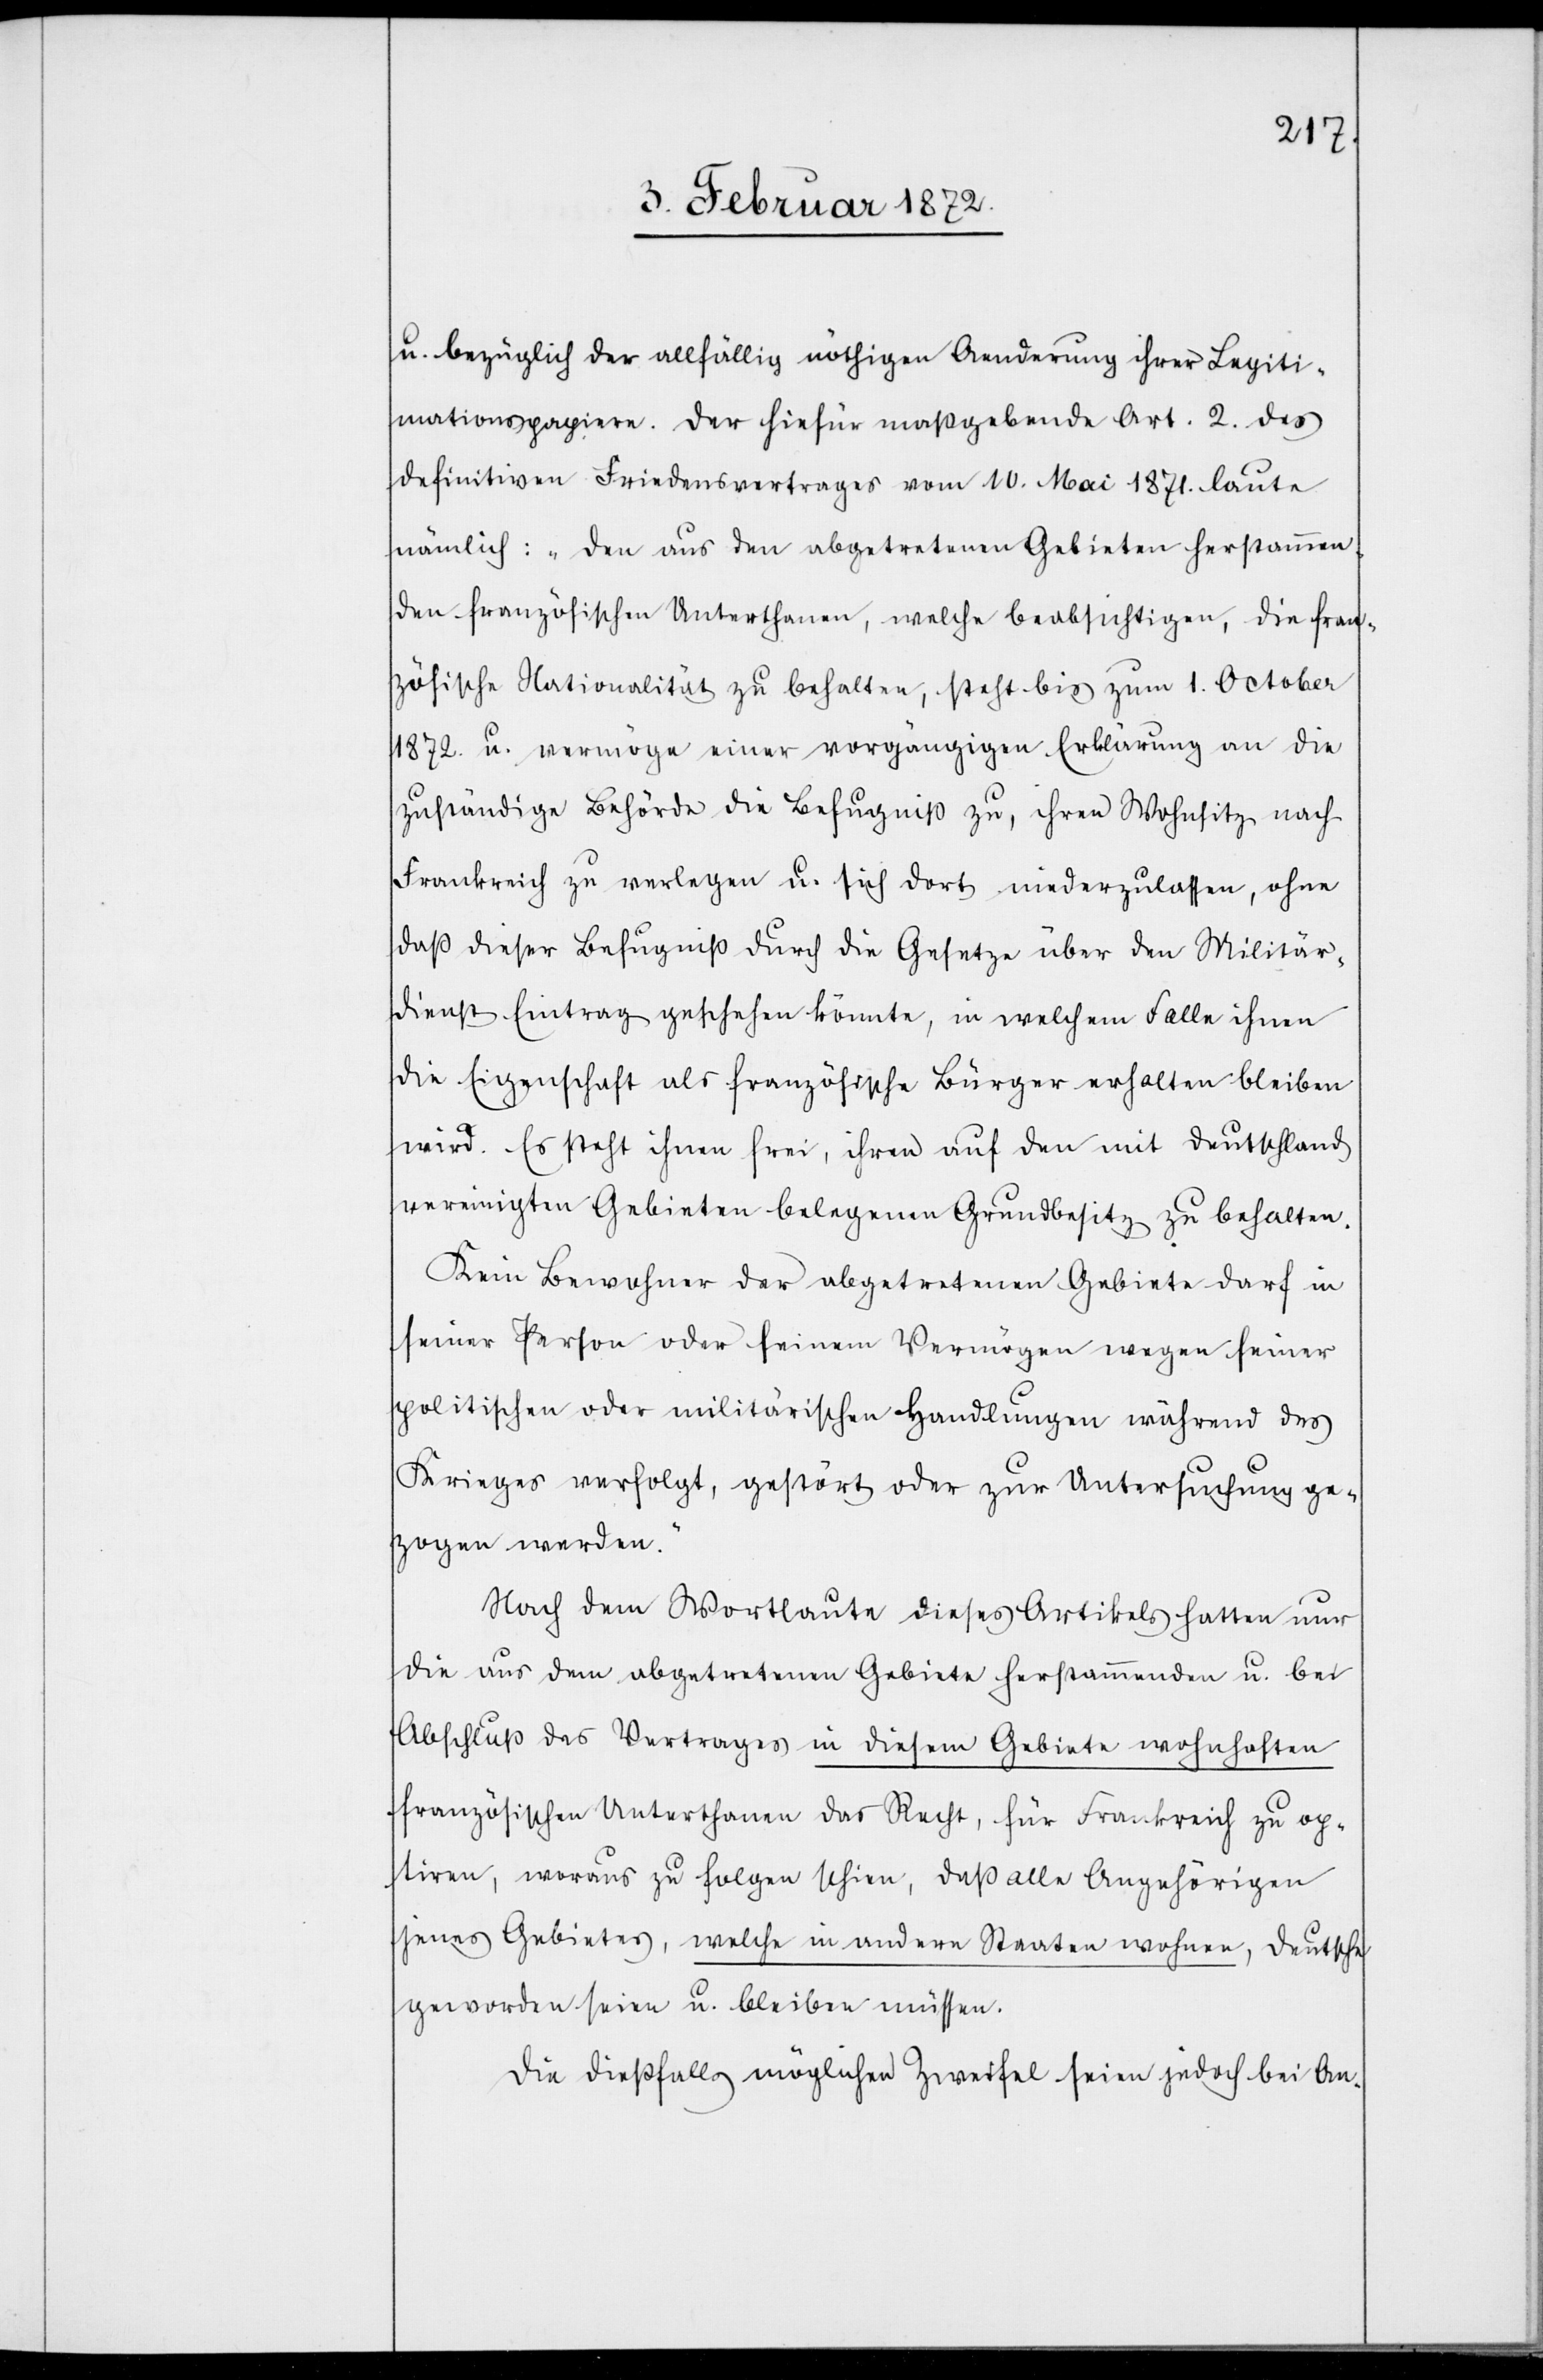
u. bezüglich der allfällig nöthigen Aenderung ihrer Legiti¬
mationspapiere. Der hiefür maßgebende Art, 2 des
definitiven Friedensvertrages vom 10. Mai 1871. laute
nämlich: „den aus den abgetretenen Gebieten herstammen¬
den französischen Unterthanen, welche beabsichtigen, die fran¬
zösische Nationalität zu behalten, steht bis zum 1. October
1872. u. vermöge einer vorgängigen Erklärung an die
zuständige Behörde die Befugniß zu, ihren Wohnsitz nach
Frankreich zu verlegen u. sich dort niederzulassen, ohne
daß dieser Befugniß durch die Gesetze über den Militär¬
dienst Eintrag geschehen könnte, in welchem Falle ihnen
die Eigenschaft als französische Bürger erhalten bleiben
wird. Es steht ihnen frei, ihren auf den mit Deutschland
vereinigten Gebieten belegenen Grundbesitz zu behalten.
Kein Bewohner der abgetretenen Gebiete darf in
seiner Person oder seinem Vermögen wegen seiner
politischen oder militärischen Handlungen während des
Krieges verfolgt, gestört oder zur Untersuchung ge¬
zogen werden.“
Nach dem Wortlaute dieses Artikels hatten nur
die aus dem abgetretenen Gebiete herstammenden u. bei
Abschluß des Vertrages in diesem Gebiete wohnhaften
französischen Unterthanen das Recht, für Frankreich zu op¬
tiren, woraus zu folgen schien, daß alle Angehörigen
jenes Gebietes, welche in andern Staaten wohnen, Deutsche
geworden seien u. bleiben müssen.
Die dießfalls möglichen Zweifel seien jedoch bei An-